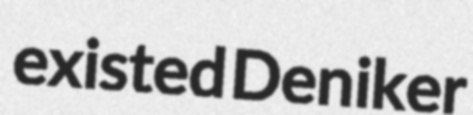
existed Deniker